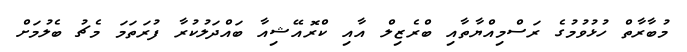
މުބާރާތް ހުޅުވުމުގެ ރަސްމިއްޔާތާއި ބްރެޒިލް އާއި ކްރޮއޭޝިއާ ބައްދަލުކުރާ ފުރަތަމަ މެޗު ބެލުމަށް